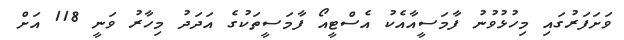
ވަށަފަރުގައި މިހުޅުވުނު ފާމަސީއާއެކު އެސްޓީއޯ ފާމަސީތަކުގެ އަދަދު މިހާރު ވަނީ 118 އަށް